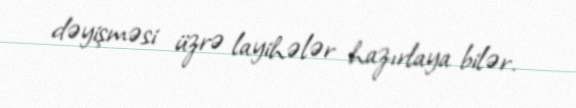
dəyişməsi üzrə layihələr hazırlaya bilər.